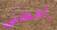
إعطنى